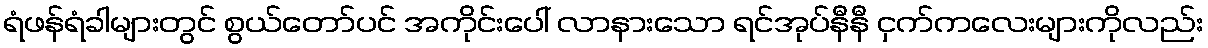
ရံဖန်ရံခါများတွင် စွယ်တော်ပင် အကိုင်းပေါ် လာနားသော ရင်အုပ်နီနီ ငှက်ကလေးများကိုလည်း